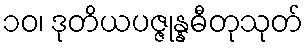
၁၀၊ ဒုတိယပဇ္ဇုန္နဓီတုသုတ်